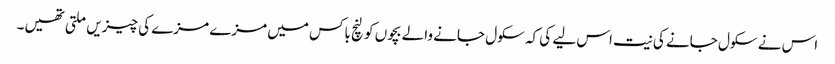
اس نے سکول جانے کی نیت اس لیے کی کہ سکول جانے والے بچوں کو لنچ باکس میں مزے مزے کی چیزیں ملتی تھیں۔